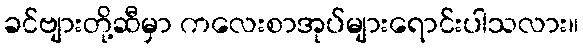
ခင်ဗျားတို့ဆီမှာ ကလေးစာအုပ်များရောင်းပါသလား။